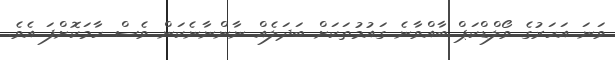
ވަނަ އަހަރުގެ ވޯލްޑްކަޕް ބާއްވާނެ ގައުމުތަކަށް ބަދަލެއް ނާންނާނެކަން ވެސް ހާމަކޮށްފަ އެވެ.